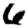
Digit: 6